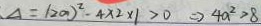
\Delta = ( 2 a ) ^ { 2 } - 4 \times 2 \times 1 > 0 \Rightarrow 4 a ^ { 2 } > 8